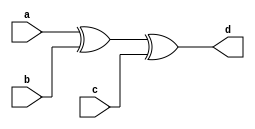
module aor(a,b,c,d);

input a,b,c;
output d;

assign d=a^b^c;


endmodule